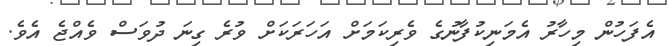
އެފަހުން މިހާރު އެމަނިކުފާނުގެ ވެރިކަމަށް އަހަރަކަށް ވުރެ ގިނަ ދުވަސް ވެއްޖެ އެވެ.